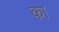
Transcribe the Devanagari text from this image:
का